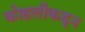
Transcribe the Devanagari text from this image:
कोहलीकडून